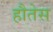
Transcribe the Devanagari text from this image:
हौतेस